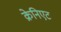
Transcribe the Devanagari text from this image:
क्रेनिएट